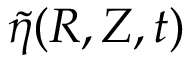
\tilde { \eta } ( R , Z , t )